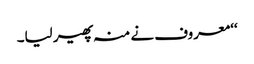
‘‘معروف نے منہ پھیر لیا۔